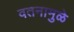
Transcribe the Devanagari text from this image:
वतनामुळे